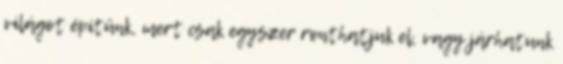
világot építünk, mert csak egyszer ronthatjuk el, vagy járhatunk